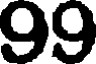
99